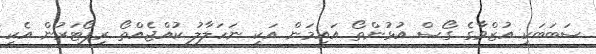
ސަބަބަކީ އުޒްވާގެ ގޯސް އުޅުންތޯ އައިމަން އަކީ ނަހަލާލު ކުއްޖެއްތޯ ރިޕޯޓަރުން އެކި